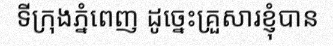
ទីក្រុងភ្នំពេញ ដូច្នេះគ្រួសារខ្ញុំបាន